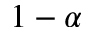
1 - \alpha